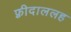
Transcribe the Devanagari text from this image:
फ़्रीदाललह